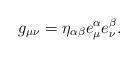
LaTeX: \begin{align*}g_{\mu \nu} = \eta_{\alpha \beta} e_{\mu}^{\alpha} e_{\nu}^{\beta} .\end{align*}